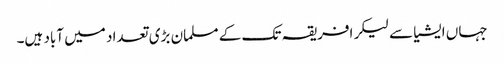
جہاں ایشیا سے لیکر افریقہ تک کے مسلمان بڑی تعداد میں آباد ہیں۔